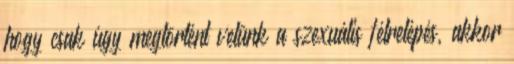
hogy csak úgy megtörtént velünk a szexuális félrelépés, akkor